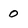
Character: 0